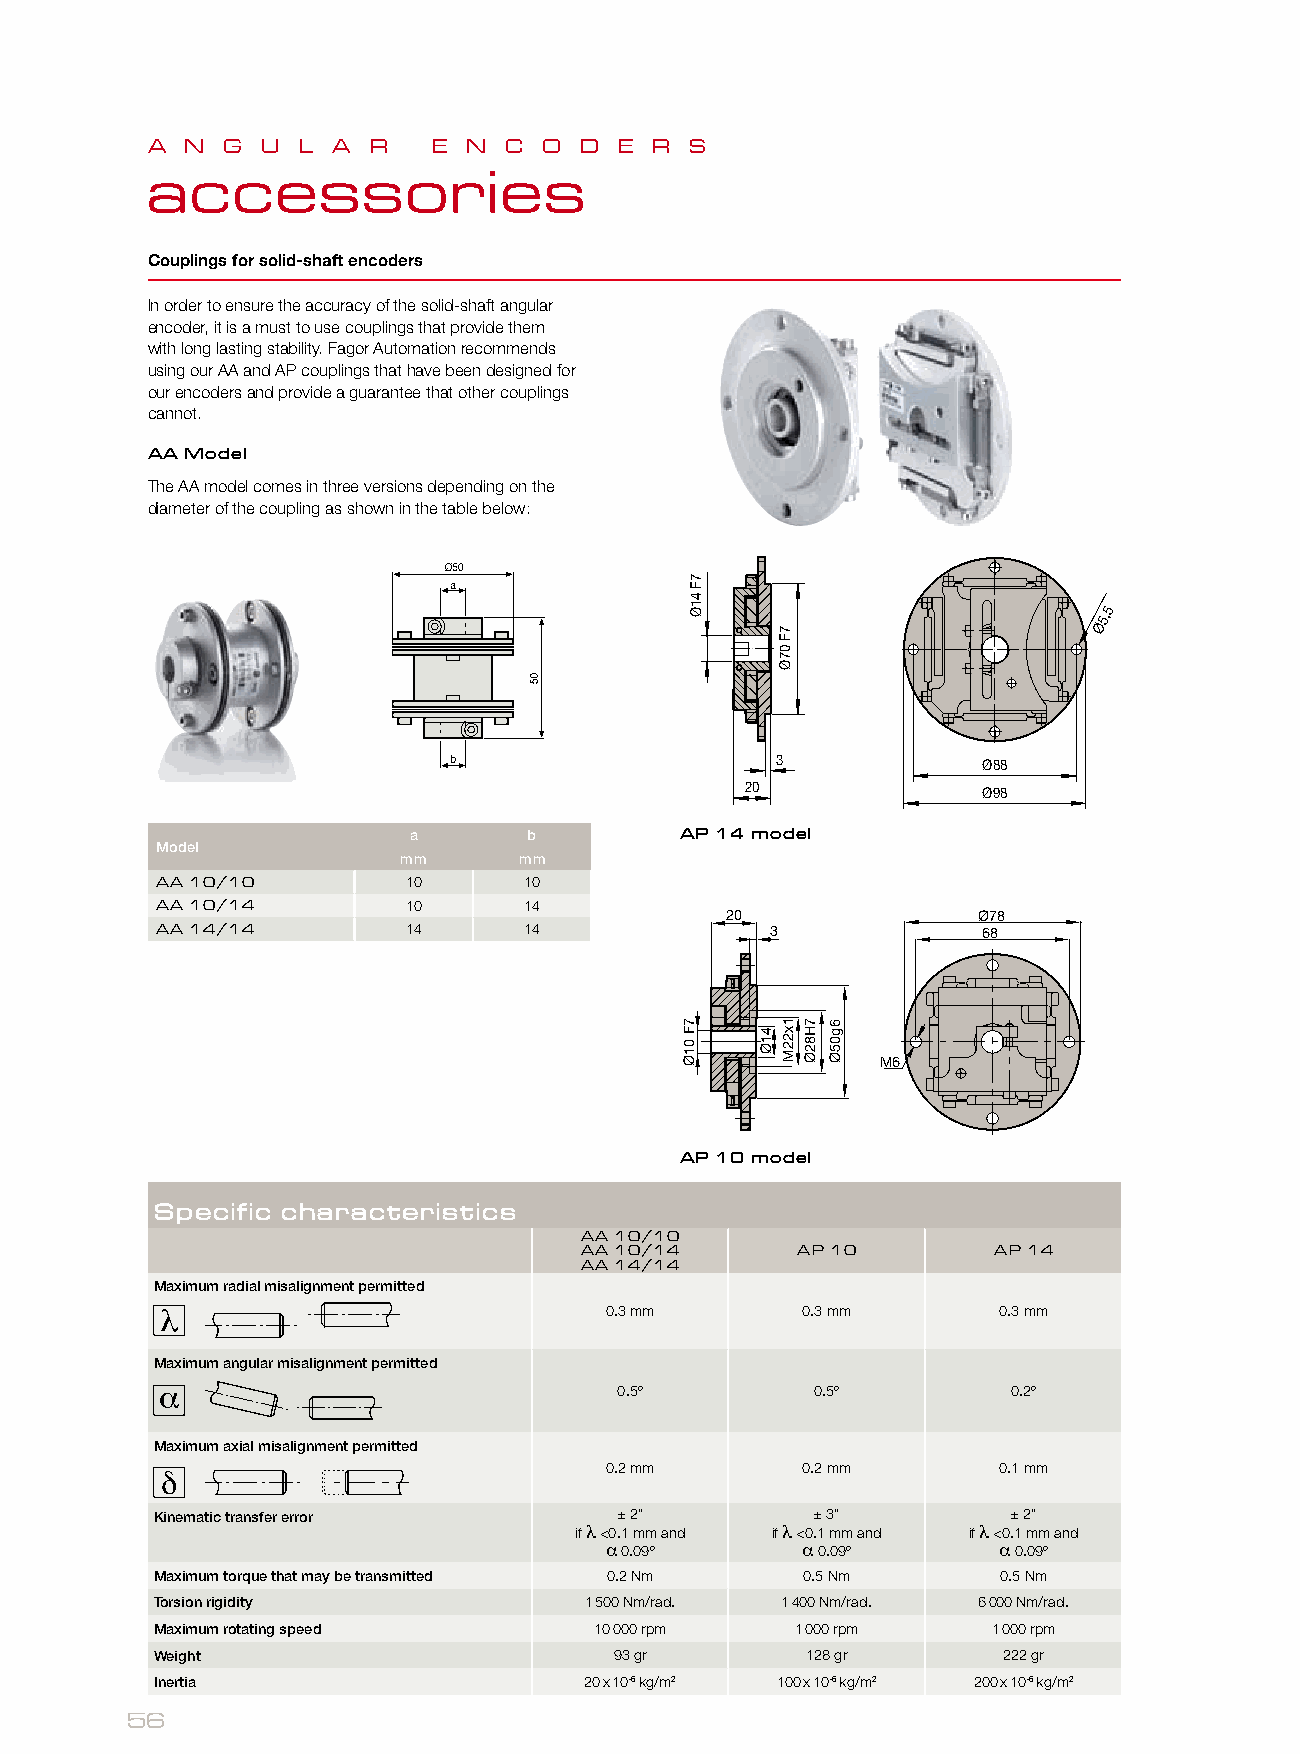
A N  G U  L A R    E N C  O D  E R  S
 accessories
 Couplings for solid-shaft encoders
 In order to ensure the accuracy of the solid-shaft angular
 encoder, it is a must to use couplings that provide them
 with long lasting stability. Fagor Automation recommends
 using our AA and AP couplings that have been designed for
 our encoders and provide a guarantee that other couplings
 cannot.
 AA Model
 The AA model comes in three versions depending on the
 diameter of the coupling as shown in the table below:
 5
 5,
 Ø
 3             Ø88
 20              Ø98
 a       b         AP 14 model
 Model
 mm      mm
 AA 10/10         10      10
 AA 10/14         10      14
 20               Ø78
 AA 14/14         14      14              3             68
 M6
 AP 10 model
 Specific characteristics
 AA 10/10
 AA 10/14       AP 10        AP 14
 AA 14/14
 Maximum radial misalignment permitted
 0.3 mm       0.3 mm       0.3 mm
 Maximum angular misalignment permitted
 0.5º         0.5º         0.2º
 Maximum axial misalignment permitted
 0.2 mm       0.2 mm       0.1 mm
 Kinematic transfer error       ± 2”         ± 3”         ± 2”
 if λ <0.1 mm and if λ <0.1 mm and if λ <0.1 mm and
 α 0.09º      α 0.09º      α 0.09º
 Maximum torque that may be transmitted 0.2 Nm 0.5 Nm    0.5 Nm
 Torsion rigidity             1 500 Nm/rad. 1 400 Nm/rad. 6 000 Nm/rad.
 Maximum rotating speed       10 000 rpm    1 000 rpm    1 000 rpm
 Weight                         93 gr       128 gr       222 gr
 Inertia                      20 x 10-6 kg/m2 100 x 10-6 kg/m2 200 x 10-6 kg/m2
 56
 7F
 01Ø
 7F
 41Ø
 41Ø
 7F
 07Ø
 1x22M 7H82Ø 6g05Ø